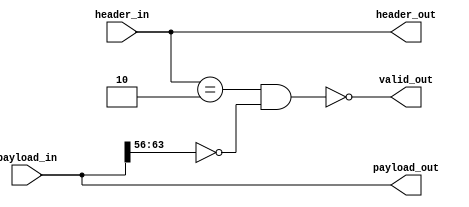
module payload_manager(
    input  [63:0] payload_in,
    input   [1:0] header_in,
    output [63:0] payload_out,
    output  [1:0] header_out,
    output        valid_out
);

    localparam H_CTRL = 2'b10;
    localparam T_IDLE = 8'h00;

    assign valid_out = !(header_in == H_CTRL && payload_in[63:56] == T_IDLE);
    assign header_out = header_in;
    assign payload_out = payload_in;

endmodule